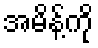
အမိန့်ကို